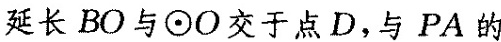
延长BO与⊙O交于点D，与PA的